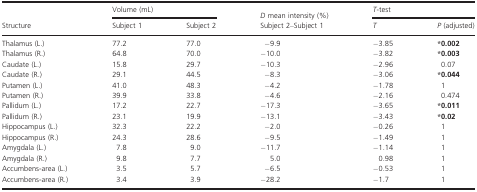
|  | <COLSPAN=2> Volume (mL) |  | <COLSPAN=2> T-test |
 | Structure | Subject 1 | Subject 2 | D mean intensity (%) Subject 2–Subject 1 | T | P (adjusted) |
 | --- | --- | --- | --- | --- | --- |
 | Thalamus (L.) | 77.2 | 77.0 | −9.9 | −3.85 | *0.002 |
 | Thalamus (R.) | 64.8 | 70.0 | −10.0 | −3.82 | *0.003 |
 | Caudate (L.) | 15.8 | 29.7 | −10.3 | −2.96 | 0.07 |
 | Caudate (R.) | 29.1 | 44.5 | −8.3 | −3.06 | *0.044 |
 | Putamen (L.) | 41.0 | 48.3 | −4.2 | −1.78 | 1 |
 | Putamen (R.) | 39.9 | 33.8 | −4.6 | −2.16 | 0.474 |
 | Pallidum (L.) | 17.2 | 22.7 | −17.3 | −3.65 | *0.011 |
 | Pallidum (R.) | 23.1 | 19.9 | −13.1 | −3.43 | *0.02 |
 | Hippocampus (L.) | 32.3 | 22.2 | −2.0 | −0.26 | 1 |
 | Hippocampus (R.) | 24.3 | 28.6 | −9.5 | −1.49 | 1 |
 | Amygdala (L.) | 7.8 | 9.0 | −11.7 | −1.14 | 1 |
 | Amygdala (R.) | 9.8 | 7.7 | 5.0 | 0.98 | 1 |
 | Accumbens-area (L.) | 3.5 | 5.7 | −6.5 | −0.53 | 1 |
 | Accumbens-area (R.) | 3.4 | 3.9 | −28.2 | −1.7 | 1 |